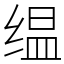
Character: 缊